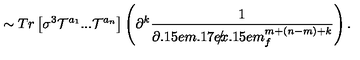
\sim T r \left[ \sigma ^ { 3 } { \cal T } ^ { a _ { 1 } } . . . { \cal T } ^ { a _ { n } } \right] \left( \partial ^ { k } \frac { 1 } { { { \partial \kern - 0 . 1 5 e m \raise 0 . 1 7 e x \llap { / } \kern 0 . 1 5 e m \relax } } _ { f } ^ { m + ( n - m ) + k } } \right) .